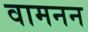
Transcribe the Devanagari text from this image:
वामनन